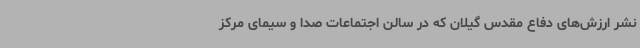
نشر ارزش‌های دفاع مقدس گیلان که در سالن اجتماعات صدا و سیمای مرکز